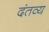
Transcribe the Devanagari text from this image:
दंतव्य